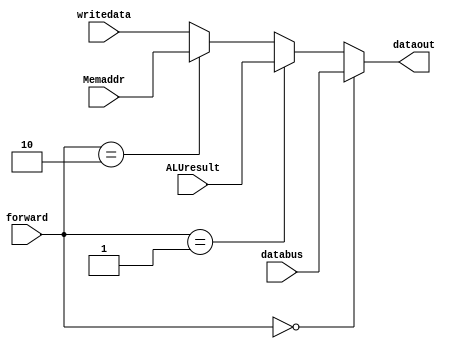
`timescale 1ns/1ps

module databusMUX(forward,databus,ALUresult,Memaddr,writedata,dataout);

input [1:0] forward;
input [31:0] databus;
input [31:0] ALUresult;
input [31:0] Memaddr;
input [31:0] writedata;
output [31:0] dataout;

assign dataout = (forward == 2'b00) ? databus :
                 (forward == 2'b01) ? ALUresult :
                 (forward == 2'b10) ? Memaddr :
                 writedata;

endmodule